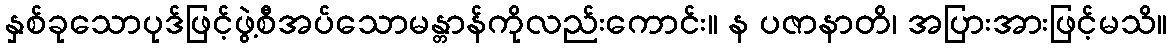
နှစ်ခုသောပုဒ်ဖြင့်ဖွဲ့စီအပ်သောမန္တာန်ကိုလည်းကောင်း။ န ပဇာနာတိ၊ အပြားအားဖြင့်မသိ။